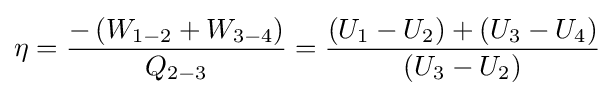
\eta ={\frac {-\left(W_{1-2}+W_{3-4}\right)}{Q_{2-3}}}={\frac {\left(U_{1}-U_{2}\right)+\left(U_{3}-U_{4}\right)}{\left(U_{3}-U_{2}\right)}}